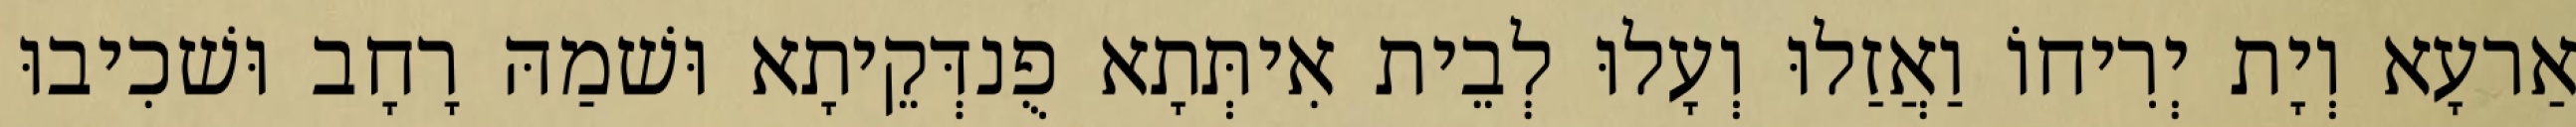
אַרעָא וְיָת יְרִיחוֹ וַאֲזַלוּ וְעָלוּ לְבֵית אִיתְּתָא פֻנדְּקֵיתָא וּשׁמַהּ רָחָב וּשׁכִיבוּ